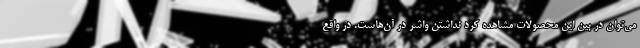
می‌توان در بین این محصولات مشاهده کرد نداشتن واشر در آن‌هاست. در واقع